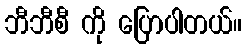
ဘီဘီစီ ကို ပြောပါတယ်။